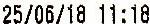
25/06/18 11:18